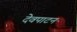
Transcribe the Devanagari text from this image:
देवपाटन